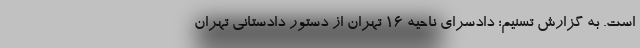
است. به گزارش تسنیم؛ دادسرای ناحیه 16 تهران از دستور دادستانی تهران